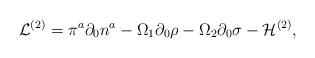
LaTeX: \begin{align*}{\cal L}^{(2)} = \pi^{a}\partial_0{n}^{a}-\Omega_{1}\partial_0{\rho}-\Omega_{2}\partial_0 {\sigma}-{\cal H}^{(2)}, \end{align*}